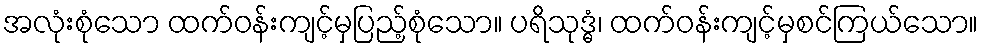
အလုံးစုံသော ထက်ဝန်းကျင့်မှပြည့်စုံသော။ ပရိသုဒ္ဓံ၊ ထက်ဝန်းကျင့်မှစင်ကြယ်သော။